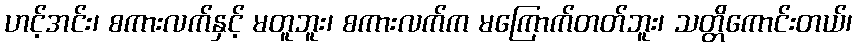
ဟင့်အင်း၊ စကားလက်နှင့် မတူဘူး၊ စကားလက်က မကြောက်တတ်ဘူး၊ သတ္တိကောင်းတယ်၊